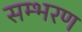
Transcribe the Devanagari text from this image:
सम्भरण